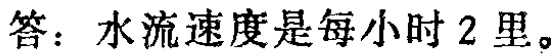
答：水流速度是每小时 \(2\) 里。